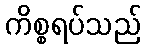
ကိစ္စရပ်သည်